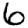
Digit: 6